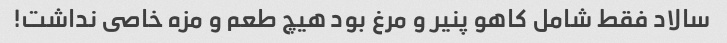
سالاد فقط شامل کاهو پنیر و مرغ بود هیچ طعم و مزه خاصى نداشت!